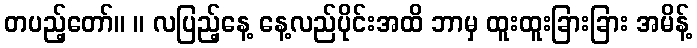
တပည့်တော်။ ။ လပြည့်နေ့ နေ့လည်ပိုင်းအထိ ဘာမှ ထူးထူးခြားခြား အမိန့်